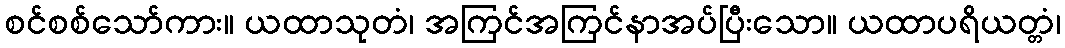
စင်စစ်သော်ကား။ ယထာသုတံ၊ အကြင်အကြင်နာအပ်ပြီးသော။ ယထာပရိယတ္တံ၊